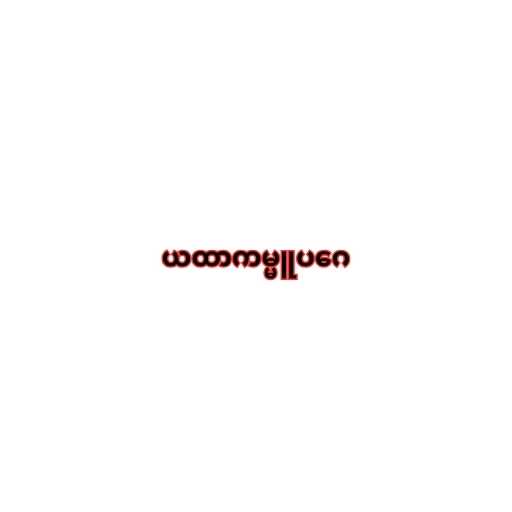
ယထာကမ္မူပဂေ